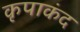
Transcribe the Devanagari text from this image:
कृपाकंद